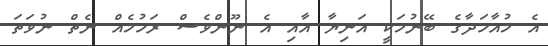
އެ މުއާހަދާގެ ބޭނުމަކީ އަނިޔާ އާއި އެ ނޫންވެސް ރަހުމެއް ނެތް ނުވަތަ